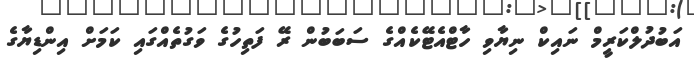
އަބުދުލްކަރީމް ނައިކް ނިޔާވި ހާޓްއެޓޭކެއްގެ ސަބަބުން ރޭ ފަތިހުގެ ވަގުތެއްގައި ކަމަށް އިންޑިޔާގެ